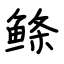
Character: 鲦